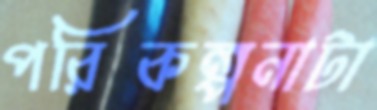
পরিকল্পনাটা